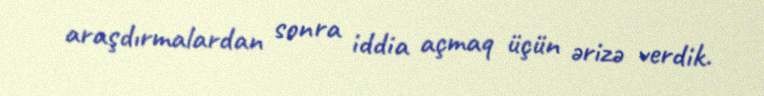
araşdırmalardan sonra iddia açmaq üçün ərizə verdik.